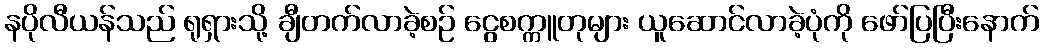
နပိုလီယန်သည် ရုရှားသို့ ချီတက်လာခဲ့စဉ် ငွေစက္ကူတုများ ယူဆောင်လာခဲ့ပုံကို ဖော်ပြပြီးနောက်